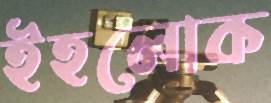
ইহলোক